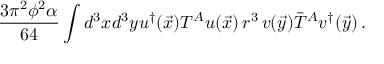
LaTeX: \frac { 3 \pi ^ { 2 } \phi ^ { 2 } \alpha } { 6 4 } \int d ^ { 3 } x d ^ { 3 } y u ^ { \dagger } ( \vec { x } ) T ^ { A } u ( \vec { x } ) \, r ^ { 3 } \, v ( \vec { y } ) \bar { T } ^ { A } v ^ { \dagger } ( \vec { y } ) \, .